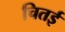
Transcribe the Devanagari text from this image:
चितई